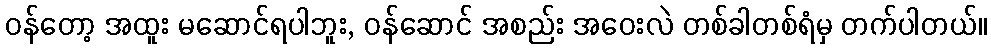
ဝန်တော့ အထူး မဆောင်ရပါဘူး, ဝန်ဆောင် အစည်း အဝေးလဲ တစ်ခါတစ်ရံမှ တက်ပါတယ်။